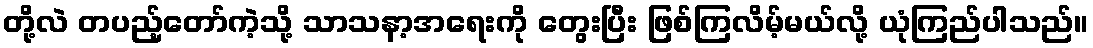
တို့လဲ တပည့်တော်ကဲ့သို့ သာသနာ့အရေးကို တွေးပြီး ဖြစ်ကြလိမ့်မယ်လို့ ယုံကြည်ပါသည်။